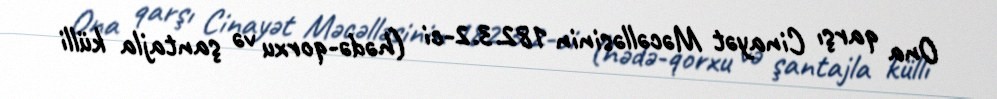
Ona qarşı Cinayət Məcəlləsinin 182.3.2-ci (hədə-qorxu və şantajla külli